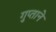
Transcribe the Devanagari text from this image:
गुप्ताने